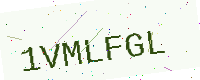
Text: 1VMLFGL